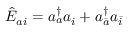
{ \hat { E } _ { a i } = a _ { a } ^ { \dagger } a _ { i } + a _ { \bar { a } } ^ { \dagger } a _ { \bar { i } } }